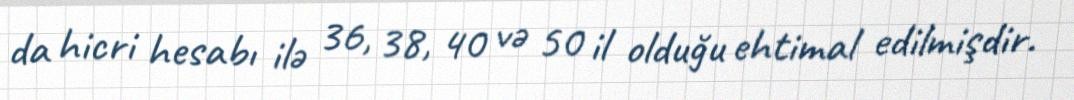
da hicri hesabı ilə 36, 38, 40 və 50 il olduğu ehtimal edilmişdir.